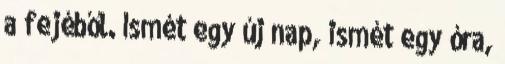
a fejéből. Ismét egy új nap, ismét egy óra,